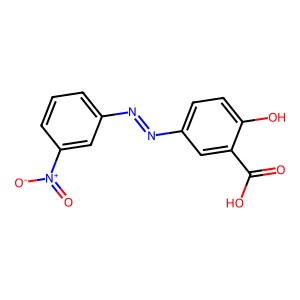
SMILES: O=C(O)c1cc(N=Nc2cccc([N+](=O)[O-])c2)ccc1O
Inhibits HIV replication: No